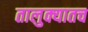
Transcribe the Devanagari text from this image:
तालुक्यातच